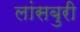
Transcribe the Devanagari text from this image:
लांसबुरी